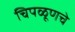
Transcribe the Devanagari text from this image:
चिपळूणचे